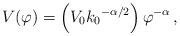
LaTeX: \begin{align*}V(\varphi) = \left( V_{0} {k_{0}}^{-{\alpha}/2}\right){\varphi}^{-\alpha} \,, \end{align*}